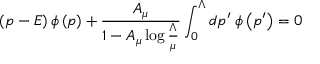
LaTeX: \left( p - E \right) \phi \left( p \right) + { \frac { A _ { \mu } } { 1 - A _ { \mu } \log { \frac { \Lambda } { \mu } } } } \int _ { 0 } ^ { \Lambda } d p ^ { \prime } \; \phi \left( p ^ { \prime } \right) = 0